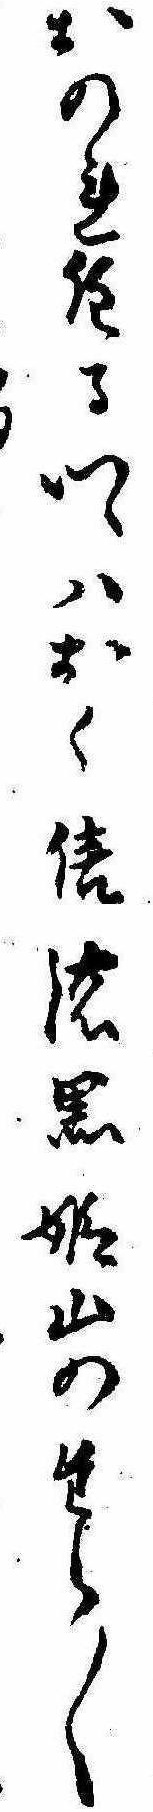
おのれ住る郷はおく信濃黒姫山のたら〱